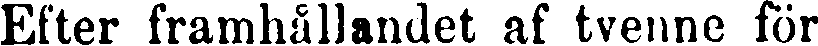
Efter framhållandet af tvenne för